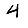
Digit: 4